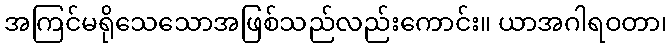
အကြင်မရိုသေသောအဖြစ်သည်လည်းကောင်း။ ယာအဂါရဝတာ၊